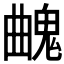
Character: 𩳄